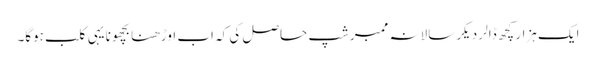
ایک ہزار کچھ ڈالر دیکر سالانہ ممبرشپ حاصل کی کہ اب اوڑھنا بچھونا یہی کلب ہوگا۔